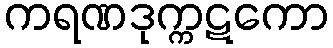
ကရဏဒုက္ကဋကော